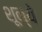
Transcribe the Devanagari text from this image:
शून्ये